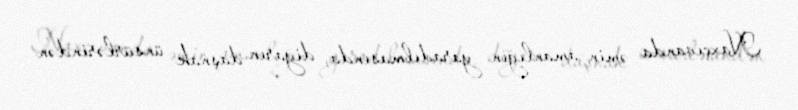
Naxçıvanda əmin-amanlığın yaradılmasında, diyarın daşnak ünsürlərindən